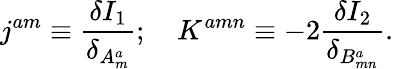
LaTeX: j^{am}\equiv\frac{\delta I_{1}}{\delta_{A_{m}^{a}}};\quad K^{amn}\equiv-2\frac{\delta I_{2}}{\delta_{B_{mn}^{a}}}.